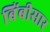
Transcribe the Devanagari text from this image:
बिंबीसार